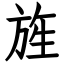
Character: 旌